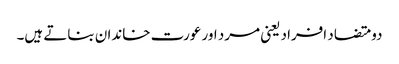
دو متضاد افراد یعنی مرد اور عورت خاندان بناتے ہیں۔